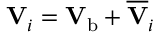
\mathbf { V } _ { i } = \mathbf { V } _ { \mathrm { b } } + \overline { { \mathbf { V } } } _ { i }